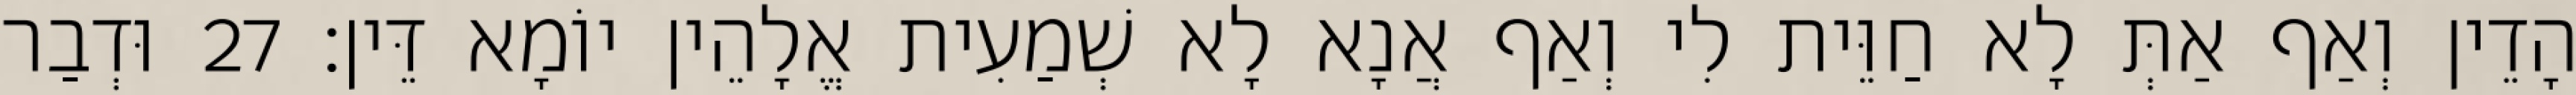
הָדֵין וְאַף אַתְּ לָא חַוֵּית לִי וְאַף אֲנָא לָא שְׁמַעִית אֱלָהֵין יוֹמָא דֵּין׃ 27 וּדְבַר